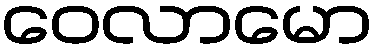
ဝေလာမော